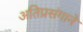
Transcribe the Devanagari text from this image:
अतिप्रसंगाने